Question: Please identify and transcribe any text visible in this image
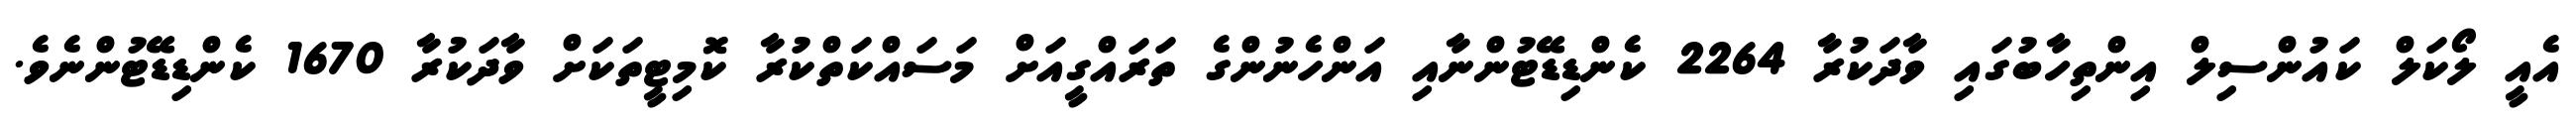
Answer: އެއީ ލޯކަލް ކައުންސިލް އިންތިހާބުގައި ވާދަކުރާ 2264 ކެންޑިޑޭޓުންނާއި އަންހެނުންގެ ތަރައްގީއަށް މަސައްކަތްކުރާ ކޮމިޓީތަކަށް ވާދަކުރާ 1670 ކެންޑިޑޭޓުންނެވެ.